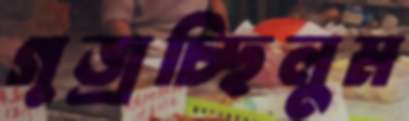
গুজ্‌রচ্ছিলুম